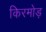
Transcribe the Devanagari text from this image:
किरमोड़